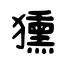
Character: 獯